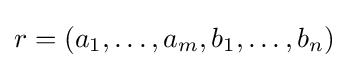
r=(a_{1},\dots ,a_{m},b_{1},\dots ,b_{n})